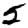
Digit: 5